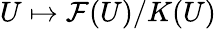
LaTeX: U\mapsto\mathcal{F}(U)/K(U)